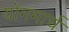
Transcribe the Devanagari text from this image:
योगमार्च